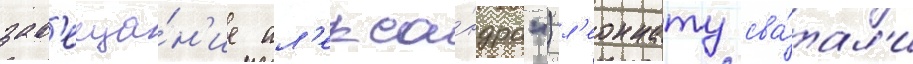
зав'еща́н'ие ал'екса́ндра") л'еоннату сва́тал'и